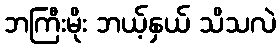
ဘကြီးမိုး ဘယ့်နှယ် သိသလဲ